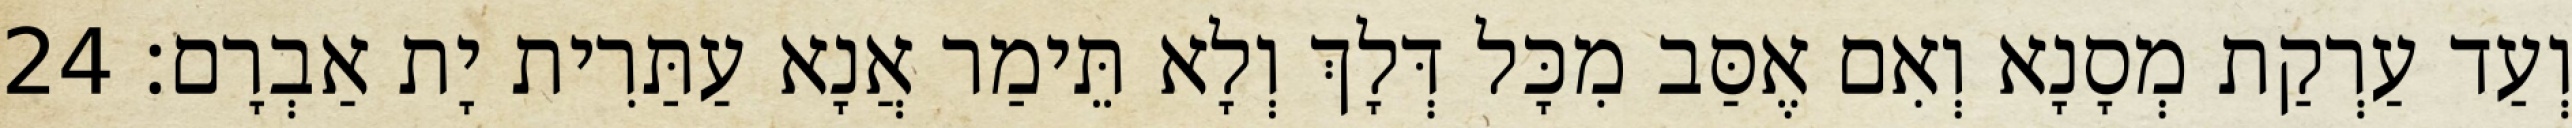
וְעַד עַרְקַת מְסָנָא וְאִם אֶסַּב מִכָּל דְּלָךְ וְלָא תֵּימַר אֲנָא עַתַּרִית יָת אַבְרָם׃ 24